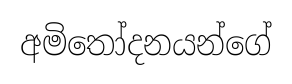
අමිතෝදනයන්ගේ